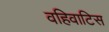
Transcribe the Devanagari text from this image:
वहिवाटिस